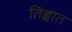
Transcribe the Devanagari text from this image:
तिब्बात